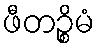
ဖီတဉ္စိမံ